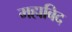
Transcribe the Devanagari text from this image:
महाबिद